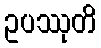
ဥပဿုတိ